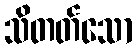
သိတတ်သော